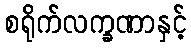
စရိုက်လက္ခဏာနှင့်